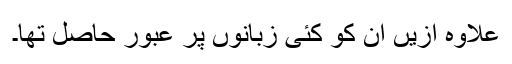
علاوہ ازیں ان کو کئی زبانوں پر عبور حاصل تھا۔